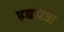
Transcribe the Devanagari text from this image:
हबपेज